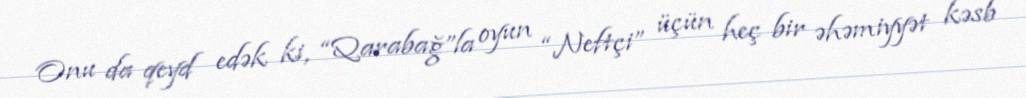
Onu da qeyd edək ki, “Qarabağ”la oyun “Neftçi” üçün heç bir əhəmiyyət kəsb